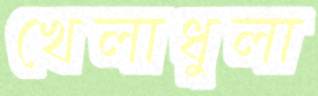
খেলাধুলা